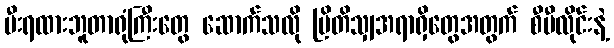
မီးရထားဘူတာရုံကြီးတွေ ဆောက်သလို ဗြိတိသျှအရာရှိတွေအတွက် စီဗီလိုင်းနဲ့